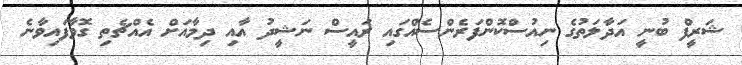
ޝަރީފް ބުނީ އަދާލަތުގެ ނިއުސްކޮންފަރެންސެއްގައި ރައީސް ނަޝީދު އާއި ދިމާއަށް އެއްޗެތި ގޮވާފައިވާނެ